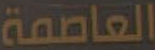
العاصمة